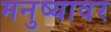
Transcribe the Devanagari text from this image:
मनुष्यावर